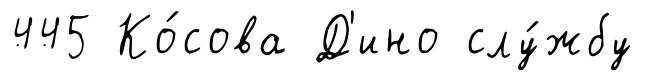
445 Ко́сова Д'ино слу́жбу